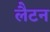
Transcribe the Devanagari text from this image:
लैटन